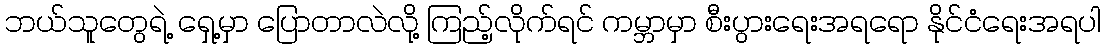
ဘယ်သူတွေရဲ့ ရှေ့မှာ ပြောတာလဲလို့ ကြည့်လိုက်ရင် ကမ္ဘာမှာ စီးပွားရေးအရရော နိုင်ငံရေးအရပါ